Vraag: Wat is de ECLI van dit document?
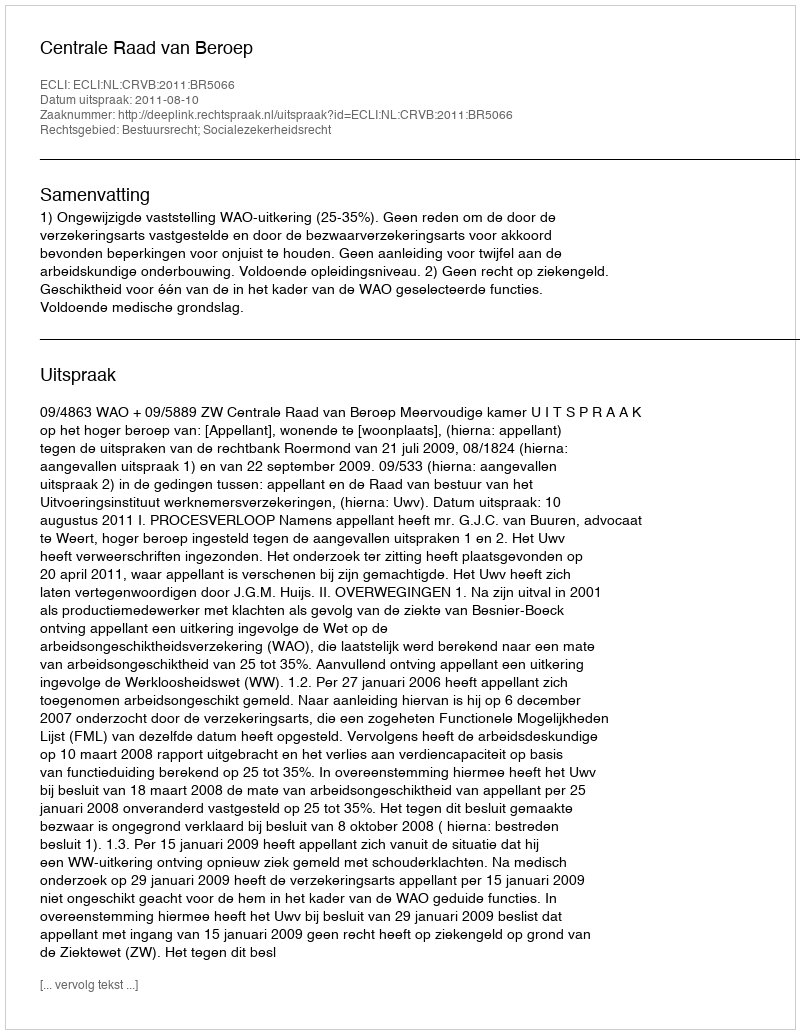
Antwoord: ECLI:NL:CRVB:2011:BR5066